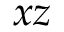
x z